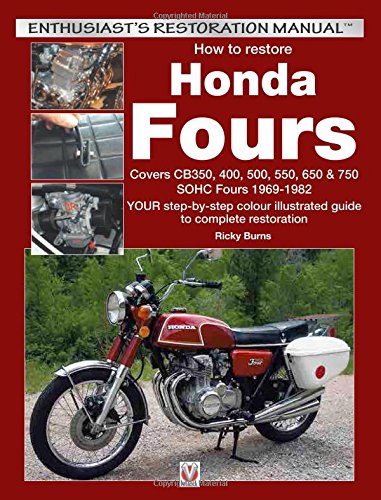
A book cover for How to restore Honda Fours: Covers CB350, 400, 500, 550, 650 & 750, SOHC Fours 1969-1982 - YOUR step-by-step colour illustrated guide to complete restoration (Enthusiast's Restoration Manual); Ricky Burns; Engineering & Transportation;